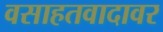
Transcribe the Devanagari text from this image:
वसाहतवादावर